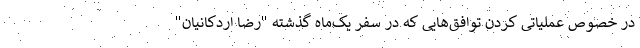
در خصوص عملیاتی کردن توافق‌هایی که در سفر یک‌ماه گذشته "رضا اردکانیان"